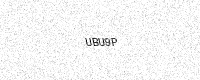
Text: UBU9P